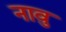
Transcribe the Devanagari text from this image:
नावु